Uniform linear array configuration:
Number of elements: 64
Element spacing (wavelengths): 0.25
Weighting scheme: exponential
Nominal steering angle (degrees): -60
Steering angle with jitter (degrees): -58.335
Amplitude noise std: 0.05
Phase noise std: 0.05

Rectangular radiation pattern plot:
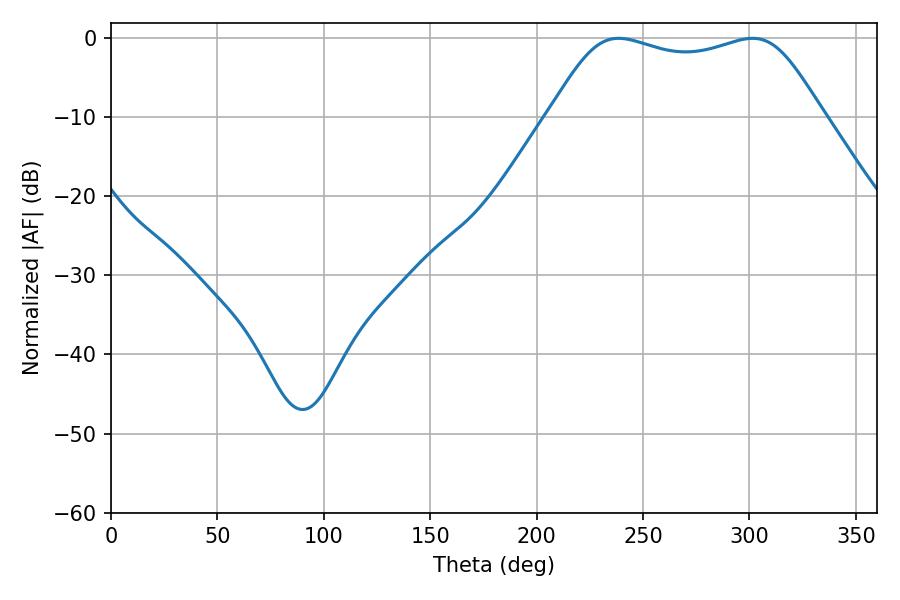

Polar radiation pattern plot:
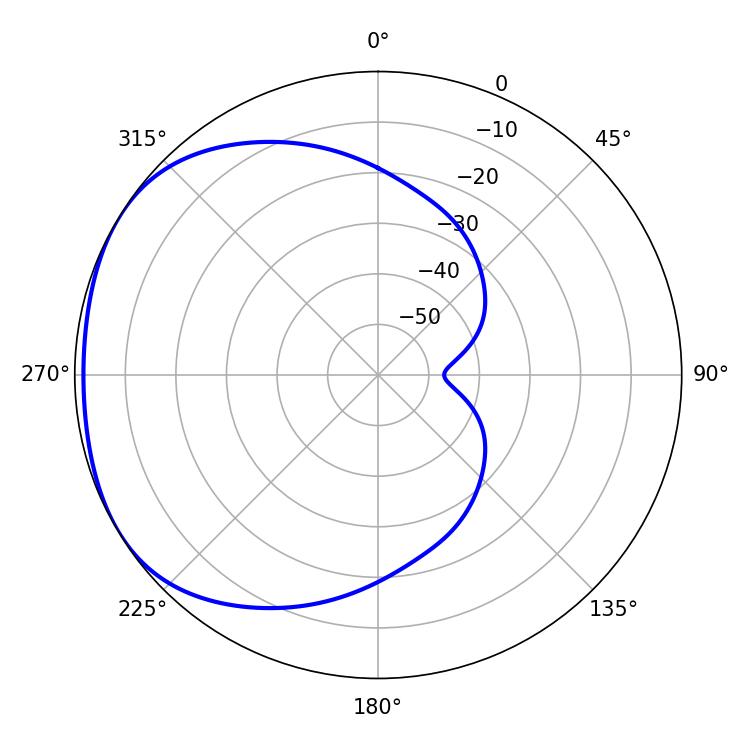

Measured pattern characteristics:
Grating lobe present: FALSE
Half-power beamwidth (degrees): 98.64
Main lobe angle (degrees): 238.5